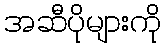
အဆီပိုများကို